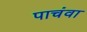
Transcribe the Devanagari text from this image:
पाचंवा